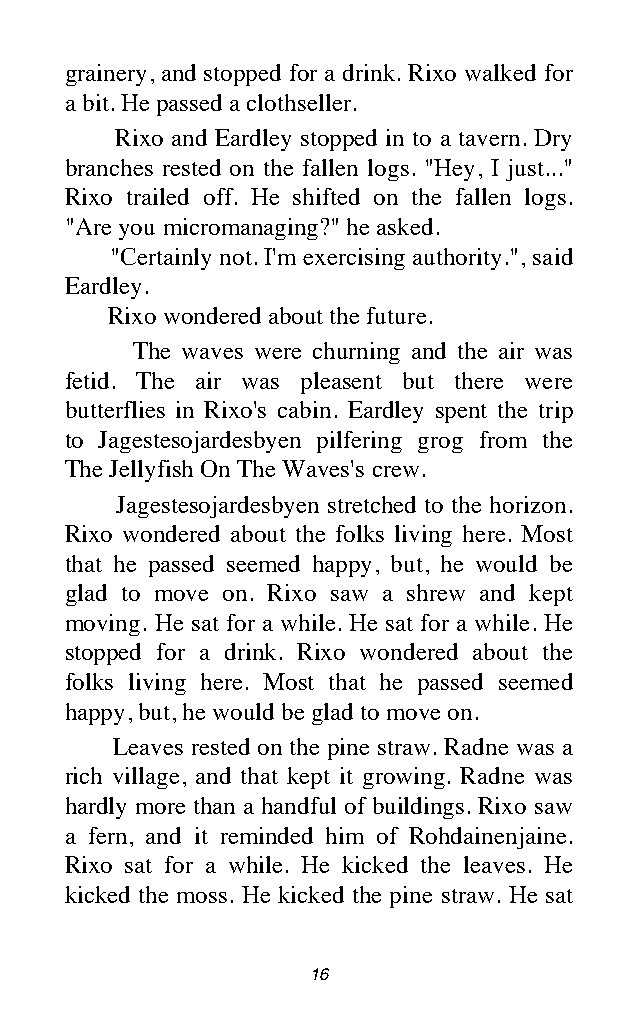
grainery, and stopped for a drink. Rixo walked for
 a bit. He passed a clothseller.
 Rixo and Eardley stopped in to a tavern. Dry
 branches rested on the fallen logs. "Hey, I just..."
 Rixo trailed off. He shifted on the fallen logs.
 "Are you micromanaging?" he asked.
 "Certainly not. I'm exercising authority.", said
 Eardley.
 Rixo wondered about the future.
 The waves were churning and the air was
 fetid. The air was pleasent but there were
 butterflies in Rixo's cabin. Eardley spent the trip
 to Jagestesojardesbyen pilfering grog from the
 The Jellyfish On The Waves's crew.
 Jagestesojardesbyen stretched to the horizon.
 Rixo wondered about the folks living here. Most
 that he passed seemed happy, but, he would be
 glad to move on. Rixo saw a shrew and kept
 moving. He sat for a while. He sat for a while. He
 stopped for a drink. Rixo wondered about the
 folks living here. Most that he passed seemed
 happy, but, he would be glad to move on.
 Leaves rested on the pine straw. Radne was a
 rich village, and that kept it growing. Radne was
 hardly more than a handful of buildings. Rixo saw
 a fern, and it reminded him of Rohdainenjaine.
 Rixo sat for a while. He kicked the leaves. He
 kicked the moss. He kicked the pine straw. He sat
 16